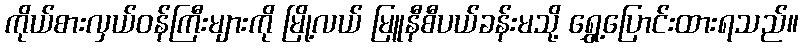
ကိုယ်စားလှယ်ဝန်ကြီးများကို မြို့လယ် မြူနီစီပယ်ခန်းမသို့ ရွှေ့ပြောင်းထားရသည်။